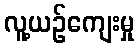
လူ့ယဉ်ကျေးမှု